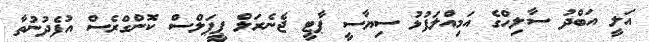
އަލީ އަބްދު ސާލިހްގެ އަމިއްލަފުޅު ސިޔާސީ ޕާޓީ ޖެނެރަލް ޕީޕަލްސް ކޮންގްރެސް އުފެދުނުތާ